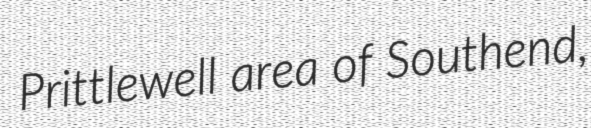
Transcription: Prittlewell area of Southend,